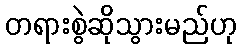
တရားစွဲဆိုသွားမည်ဟု